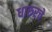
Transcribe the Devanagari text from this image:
धारुरचे